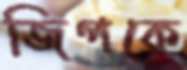
জিপকে